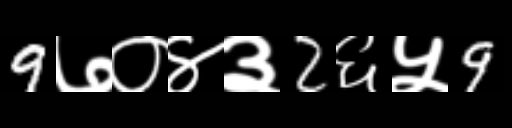
Text: 9७०४३2६५9